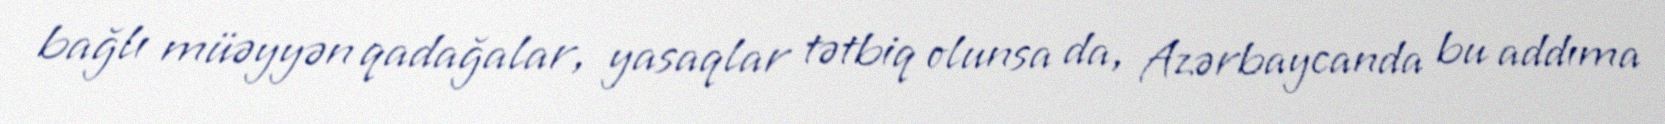
bağlı müəyyən qadağalar, yasaqlar tətbiq olunsa da, Azərbaycanda bu addıma